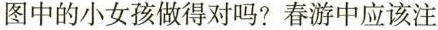
图中的小女孩做得对吗?春游中应该注